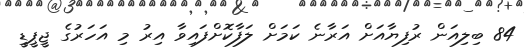
84 ބިލިއަން ރުފިޔާއަށް އަރާނެ ކަމަށް ލަފާކޮށްފައިވާ އިރު މި އަހަރުގެ ޖީޕީޑީ